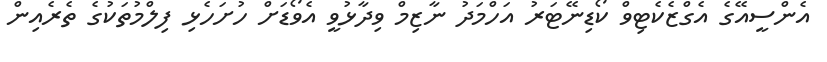
އެންސީއޭގެ އެގްޒެކެޓިވް ކޯޑިނޭޓަރު އަހްމަދު ނާޒިމް ވިދާޅުވީ އެވޯޑަށް ހުށަހެޅި ފިލްމުތަކުގެ ތެރެއިން